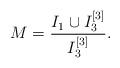
LaTeX: \begin{align*}M = \frac{I_1 \cup I_3^{[3]}}{I_3^{[3]}}.\end{align*}